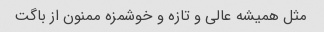
مثل همیشه عالی و تازه و خوشمزه ممنون از باگت